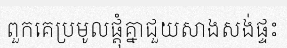
ពួកគេប្រមូលផ្តុំគ្នាជួយសាងសង់ផ្ទះ